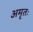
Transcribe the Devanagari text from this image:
अमृतः